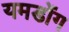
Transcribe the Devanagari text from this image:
यमडोंग